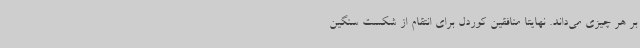
بر هر چیزی می‌داند. نهایتا منافقین کوردل برای انتقام از شکست سنگین